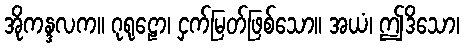
အိုကန္ဒလက။ ဂုရုဠော၊ ငှက်မြတ်ဖြစ်သော။ အယံ၊ ဤဒိသော၊